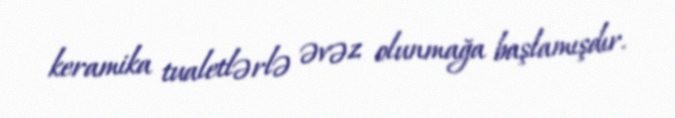
keramika tualetlərlə əvəz olunmağa başlamışdır.